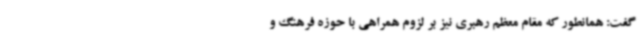
گفت: همانطور که مقام معظم رهبری نیز بر لزوم همراهی با حوزه فرهنگ و